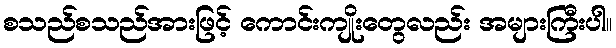
စသည်စသည်အားဖြင့် ကောင်းကျိုးတွေလည်း အများကြီးပါ။